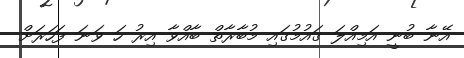
އޭނާ ބުނީ އަމިއްލަ ގައުމުގައި މުބާރާތް ބާއްވާ އިރު ހަ ވަނަ ފަހަރަށް